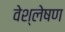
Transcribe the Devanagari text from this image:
वेश्लेषण